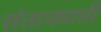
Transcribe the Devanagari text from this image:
संतानप्राप्ती